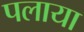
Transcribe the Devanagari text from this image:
पलाया